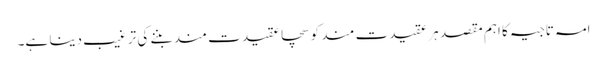
امہ تاجیہ کا اہم مقصد ہر عقیدت مند کو سچا عقیدت مند بننے کی تر غیب دینا ہے۔